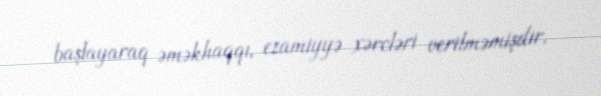
başlayaraq əməkhaqqı, ezamiyyə xərcləri verilməmişdir.